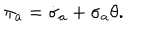
\pi _ { a } = \dot { \sigma } _ { a } + \sigma _ { a } \theta .